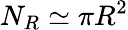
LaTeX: N_{R}\simeq\pi R^{2}